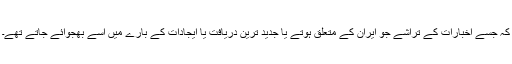
کہ جسے اخبارات کے تراشے جو ایران کے متعلق ہوتے یا جدید ترین دریافت یا ایجادات کے بارے میں اسے بھجوائے جاتے تھے۔